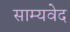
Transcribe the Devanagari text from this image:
साम्‍यवेद